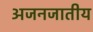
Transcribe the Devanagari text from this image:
अजनजातीय